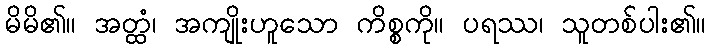
မိမိ၏။ အတ္ထံ၊ အကျိုးဟူသော ကိစ္စကို။ ပရဿ၊ သူတစ်ပါး၏။